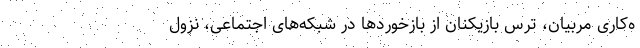
ه‌کاری مربیان، ترس بازیکنان از بازخوردها در شبکه‌های اجتماعی، نزول